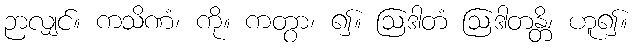
ဉာလျှင်။ ကသိဏံ၊ ကို။ ကတွာ၊ ၍။ ဩဒါတံ ဩဒါတန္တိ၊ ဟူ၍။